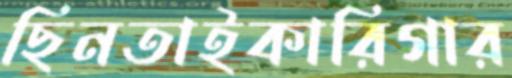
ছিনতাইকারিগার